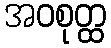
အဝစုတ္ထ